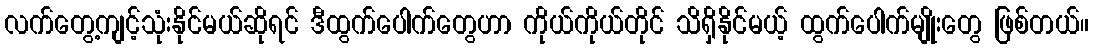
လက်တွေ့ကျင့်သုံးနိုင်မယ်ဆိုရင် ဒီထွက်ပေါက်တွေဟာ ကိုယ်ကိုယ်တိုင် သိရှိနိုင်မယ့် ထွက်ပေါက်မျိုးတွေ ဖြစ်တယ်။